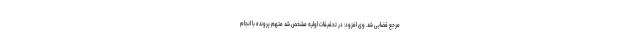
مرجع قضایی شد. وی افزود: در تحقیقات اولیه مشخص شد متهم پرونده با انجام